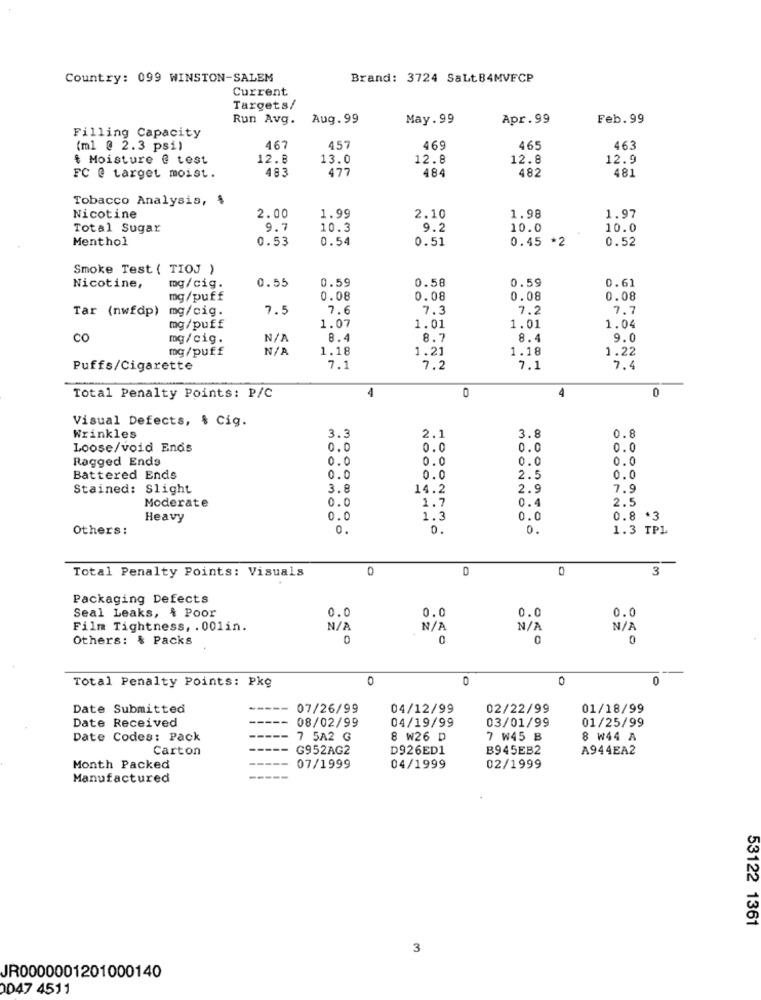
Country: 099 WINSTON-SALEM
Brand: 3724 SaLtB4MVFCP
Current
Targets/
Run Avg.
Aug.99
May. 99
Apr.99
Feb.99
Filling Capacity
(ml @ 2.3 psi)
467
457
469
465
463
$ Moisture @ test
12.8
13.0
12.8
12.8
12.9
483
477
484
182
481
FC @ target moist.
Tobacco Analysis,
Nicotine
2.00
1.99
2.10
1.98
1.97
Total Sugar
9.7
10.3
9.2
10.0
10.0
Menthol
0.53
0.54
0.51
0.45 *2
0.52
Smoke Test ( TIOJ )
0.59
0.58
0.59
0.61
Nicotine,
mg/cig.
0.55
mg/puff
0.08
0.08
0.08
0.08
Tar (nwfdp) mg/cig.
7.5
7.6
7.3
7.2
7.7
mg/puff
1.07
1.01
1.01
1.04
CO
mg/cig.
8.4
8.7
8.4
9.0
mg/puff
1.18
1.21
1.18
1.22
Puffs/Cigarette
7.1
7.2
7.1
7.4
4
4
0
Total Penalty Points: P/C
0
Visual Defects, & Cig.
3.8
0.8
Wrinkles
3.3
2.1
Loose/void Ends
0.0
0.0
0.0
0.0
Ragged Ends
0.0
0.0
0.0
0.0
Battered Ends
0.0
0.0
2.5
0.0
Stained: Slight
3.8
14.2
2.9
7.9
Moderate
0.0
1.7
2.5
0.4
Heavy
0.0
1.3
0.0
0.8 *3
Others:
0.
0.
0.
1.3 TPL
Total Penalty Points: Visuals
0
D
0
3
Packaging Defects
0.0
Seal Leaks, & Poor
0.0
0.0
0.0
Film Tightness, . 001in.
Others: $ Packs
0
0
0
Total Penalty Points: Pkg
0
0
0
0
Date Submitted
07/26/99
04/12/99
02/22/99
01/18/99
Date Received
08/02/99
04/19/99
03/01/99
01/25/99
Date Codes: Pack
7 5A2 G
8 W26 D
7 W45 B
8 W44 A
Carton
G952AG2
D926ED1
B945EB2
A944EA2
Month Packed
07/1999
04/1999
02/1999
Manufactured
53122 1361
3
JR0000001201000140
0047 4511